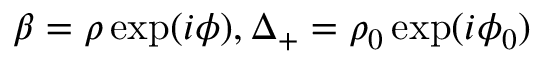
\beta = \rho \exp ( i \phi ) , \Delta _ { + } = \rho _ { 0 } \exp ( i \phi _ { 0 } )